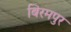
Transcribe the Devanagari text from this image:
बिरमपुर